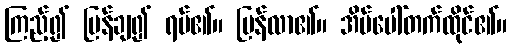
ကြည့်၍ ပြန်ချ၍ ရပ်၏။ ပြန်လာ၏။ အိမ်ပေါ်တက်ထိုင်၏။